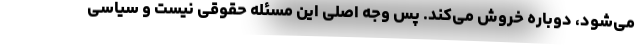
می‌شود، دوباره خروش می‌کند. پس وجه اصلی این مسئله حقوقی نیست و سیاسی